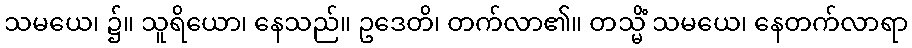
သမယေ၊ ၌။ သူရိယော၊ နေသည်။ ဥဒေတိ၊ တက်လာ၏။ တသ္မိံ သမယေ၊ နေတက်လာရာ